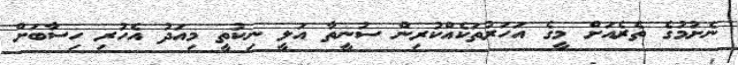
ނެށުމުގެ ތެރެއަށް މީގެ އަހަރުތަކެއްކުރިން ސުނީތާ އަލީ ނިކުތީ މިއަދު އެހުރި ހިސާބަށް